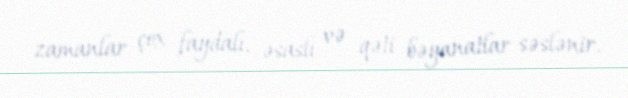
zamanlar çox faydalı, əsaslı və qəti bəyanatlar səslənir.